Indian journal of veterinary science and animal husbandry - Volume 9,
Year: 1939
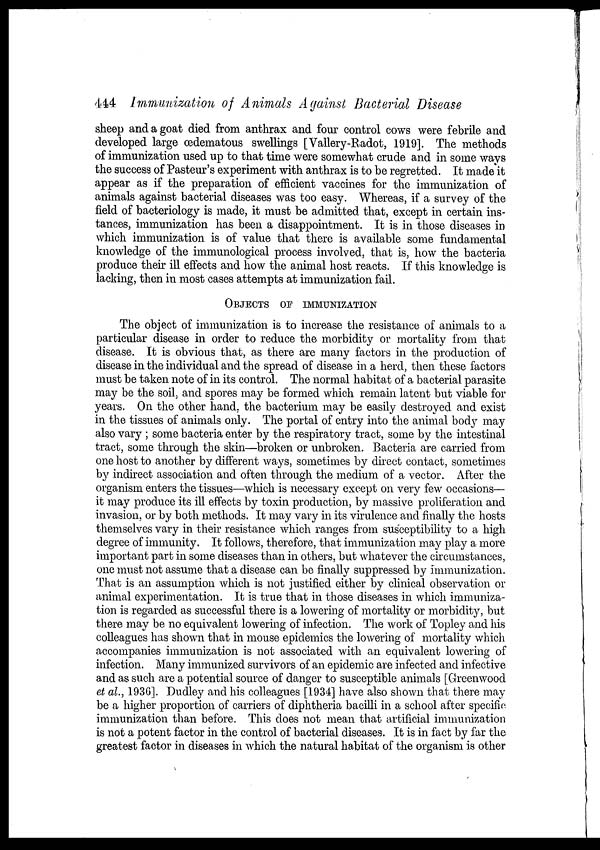
444 Immunization of Animals Against Bacterial Disease
sheep and a goat died from anthrax and four control cows were febrile and
developed large œdematous swellings [Vallery-Radot, 1919]. The methods
of immunization used up to that time were somewhat crude and in some ways
the success of Pasteur's experiment with anthrax is to be regretted. It made it
appear as if the preparation of efficient vaccines for the immunization of
animals against bacterial diseases was too easy. Whereas, if a survey of the
field of bacteriology is made, it must be admitted that, except in certain ins-
tances, immunization has been a disappointment. It is in those diseases in
which immunization is of value that there is available some fundamental
knowledge of the immunological process involved, that is, how the bacteria
produce their ill effects and how the animal host reacts. If this knowledge is
lacking, then in most cases attempts at immunization fail.
OBJECTS OF IMMUNIZATION
The object of immunization is to increase the resistance of animals to a
particular disease in order to reduce the morbidity or mortality from that
disease. It is obvious that, as there are many factors in the production of
disease in the individual and the spread of disease in a herd, then these factors
must be taken note of in its control. The normal habitat of a bacterial parasite
may be the soil, and spores may be formed which remain latent but viable for
years. On the other hand, the bacterium may be easily destroyed and exist
in the tissues of animals only. The portal of entry into the animal body may
also vary ; some bacteria enter by the respiratory tract, some by the intestinal
tract, some through the skin—broken or unbroken. Bacteria are carried from
one host to another by different ways, sometimes by direct contact, sometimes
by indirect association and often through the medium of a vector. After the
organism enters the tissues—which is necessary except on very few occasions—
it may produce its ill effects by toxin production, by massive proliferation and
invasion, or by both methods. It may vary in its virulence and finally the hosts
themselves vary in their resistance which ranges from susceptibility to a high
degree of immunity. It follows, therefore, that immunization may play a more
important part in some diseases than in others, but whatever the circumstances,
one must not assume that a disease can be finally suppressed by immunization.
That is an assumption which is not justified either by clinical observation or
animal experimentation. It is true that in those diseases in which immuniza-
tion is regarded as successful there is a lowering of mortality or morbidity, but
there may be no equivalent lowering of infection. The work of Topley and his
colleagues has shown that in mouse epidemics the lowering of mortality which
accompanies immunization is not associated with an equivalent lowering of
infection. Many immunized survivors of an epidemic are infected and infective
and as such are a potential source of danger to susceptible animals [Greenwood
et al., 1936]. Dudley and his colleagues [1934] have also shown that there may
be a higher proportion of carriers of diphtheria bacilli in a school after specific
immunization than before. This does not mean that artificial immunization
is not a potent factor in the control of bacterial diseases. It is in fact by far the
greatest factor in diseases in which the natural habitat of the organism is other